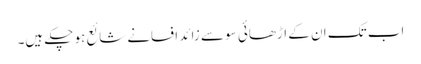
اب تک ان کے اڑھائی سو سے زائد افسانے شائع ہو چکے ہیں۔